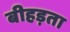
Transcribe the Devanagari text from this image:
बीहड़ता